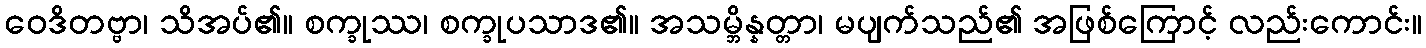
ဝေဒိတဗ္ဗာ၊ သိအပ်၏။ စက္ခုဿ၊ စက္ခုပသာဒ၏။ အသမ္ဘိန္နတ္တာ၊ မပျက်သည်၏ အဖြစ်ကြောင့် လည်းကောင်း။